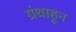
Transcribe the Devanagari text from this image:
ग्रंथाहून